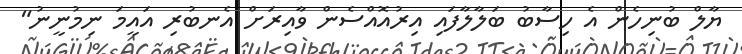
ޔާލް ބުނިހެން އެ ހިސާބު ބަލާލާފައި އިރުއޮއްސެން ވާއިރަށް އެނބުރި އައީމަ ނިމުނީނު"